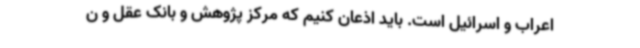
اعراب و اسرائیل است. باید اذعان کنیم که مرکز پژوهش و بانک عقل و ن